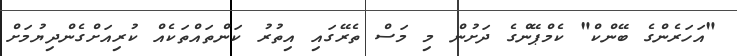
"އަހަރެންގެ ބޭންކް" ކެމްޕޭންގެ ދަށުން މި މަސް ތެރޭގައި އިތުރު ކަންތައްތަކެއް ކުރިއަށްގެންދިޔުމަށް